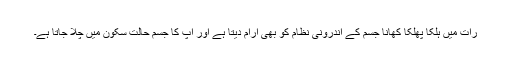
رات میں ہلکا پھلکا کھانا جسم کے اندرونی نظام کو بھی آرام دیتا ہے اور آپ کا جسم حالت سکون میں چلا جاتا ہے۔